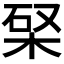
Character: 𣒊